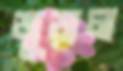
জুড়াল